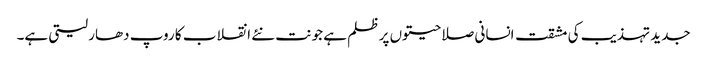
جدید تہذیب کی مشقت انسانی صلاحیتوں پر ظلم ہے جو نت نئے انقلاب کا روپ دھار لیتی ہے۔